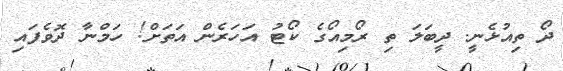
ދޯ ތިއުޅެނީ. ދީބަލަ ތި ރޯމިއޯގެ ކޯޓު އަހަރެން އަތަށް! ހަމްނާ ދޮވެފައި